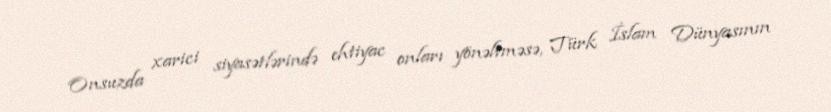
Onsuzda xarici siyasətlərində ehtiyac onları yönəltməsə, Türk İslam Dünyasının